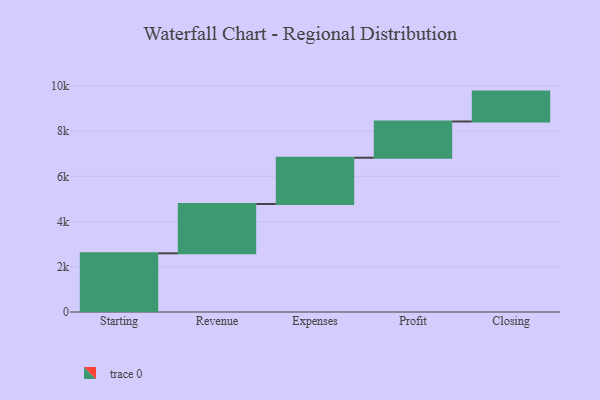
{"axis": {"x": "Step", "y": "Value"}, "legend": [""], "data": [{"x": "Starting", "y": 2596.0, "type": ""}, {"x": "Revenue", "y": 2182.0, "type": ""}, {"x": "Expenses", "y": 2045.0, "type": ""}, {"x": "Profit", "y": 1603.0, "type": ""}, {"x": "Closing", "y": 1322.0, "type": ""}]}